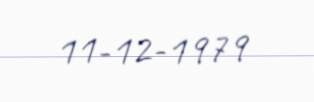
11-12-1979